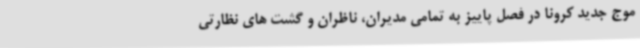
موج جدید کرونا در فصل پاییز به تمامی مدیران، ناظران و گشت های نظارتی